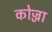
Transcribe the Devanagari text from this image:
कोज्जा